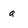
Character: a